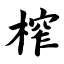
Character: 榨